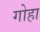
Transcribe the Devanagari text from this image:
गोहा